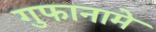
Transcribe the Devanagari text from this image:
गुफानामे